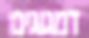
דמגוגים